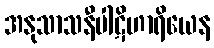
အနုသာသနီပါဋိဟာရိယေန